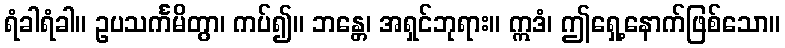
ရံခါရံခါ။ ဥပသင်္ကမိတွာ၊ ကပ်၍။ ဘန္တေ၊ အရှင်ဘုရား။ ဣဒံ၊ ဤရှေ့နောက်ဖြစ်သော။